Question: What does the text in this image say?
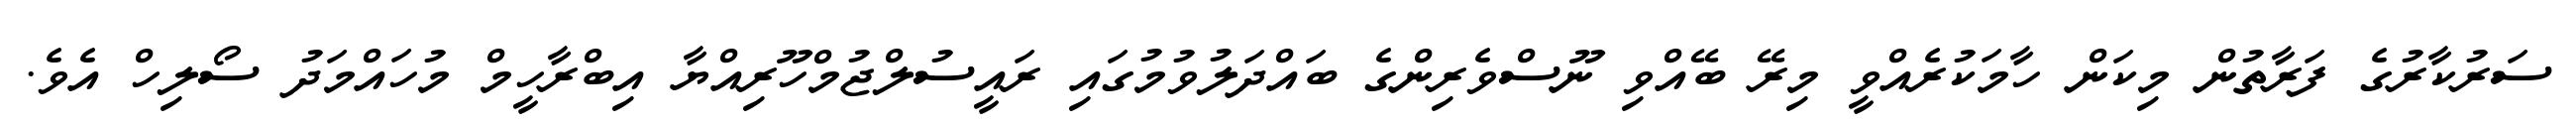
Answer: ސަރުކާރުގެ ފަރާތުން މިކަން ހާމަކުރެއްވީ މިރޭ ބޭއްވި ނޫސްވެރިންގެ ބައްދަލުވުމުގައި ރައީސުލްޖުމްހޫރިއްޔާ އިބްރާހީމް މުހައްމަދު ސޯލިހް އެވެ.